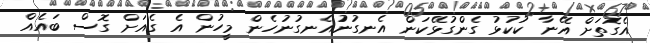
އެގޮތަށް އޭނާ ކުކުޅު ގެންގުޅޭކަން އެނގުނުުއެނގުނުހެން މީހުން އެ ގެއަށް ގޮސް ބައެއް